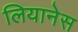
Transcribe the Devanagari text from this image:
लियानेस